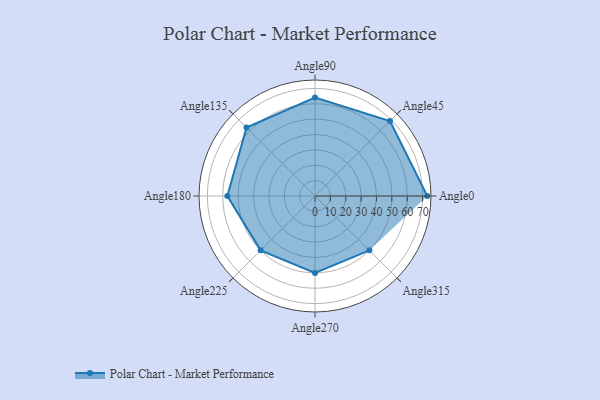
{"axis": {"x": "Angle", "y": "Radius"}, "legend": [""], "data": [{"x": "Angle0", "y": 73.0, "type": ""}, {"x": "Angle45", "y": 69.0, "type": ""}, {"x": "Angle90", "y": 64.0, "type": ""}, {"x": "Angle135", "y": 63.0, "type": ""}, {"x": "Angle180", "y": 57.0, "type": ""}, {"x": "Angle225", "y": 50.0, "type": ""}, {"x": "Angle270", "y": 50, "type": ""}, {"x": "Angle315", "y": 50, "type": ""}]}